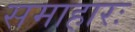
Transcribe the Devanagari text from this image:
समाहारः